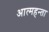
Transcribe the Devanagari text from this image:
आत्महन्ता